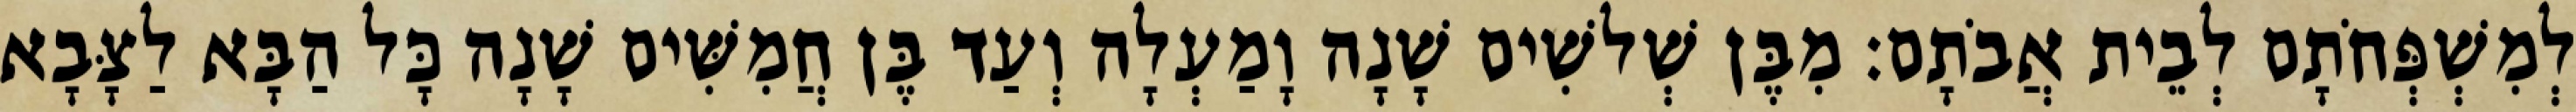
לְמִשְׁפְּחֹתָם לְבֵית אֲבֹתָם׃ מִבֶּן שְׁלשִׁים שָׁנָה וָמַעְלָה וְעַד בֶּן חֲמִשִּׁים שָׁנָה כָּל הַבָּא לַצָּבָא